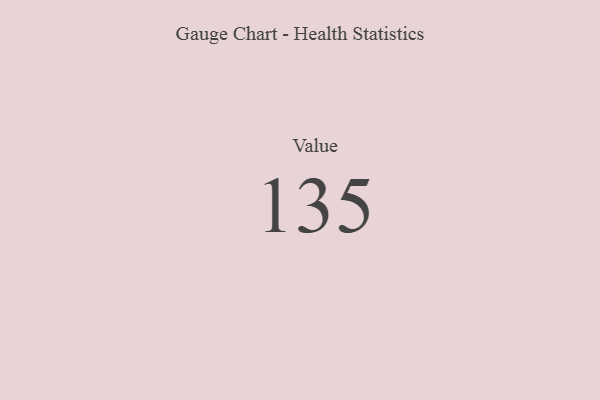
{"axis": {"x": "Metric", "y": "Value"}, "legend": [""], "data": [{"x": "Value", "y": 135, "type": ""}]}